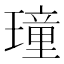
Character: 𤩔